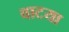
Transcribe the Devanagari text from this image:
वाटया